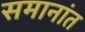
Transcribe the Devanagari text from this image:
समानांत